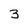
Character: 3